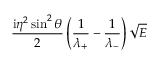
\frac { \mathrm { i } \eta ^ { 2 } \sin ^ { 2 } \theta } { 2 } \left( \frac { 1 } { \lambda _ { + } } - \frac { 1 } { \lambda _ { - } } \right) \sqrt { E }